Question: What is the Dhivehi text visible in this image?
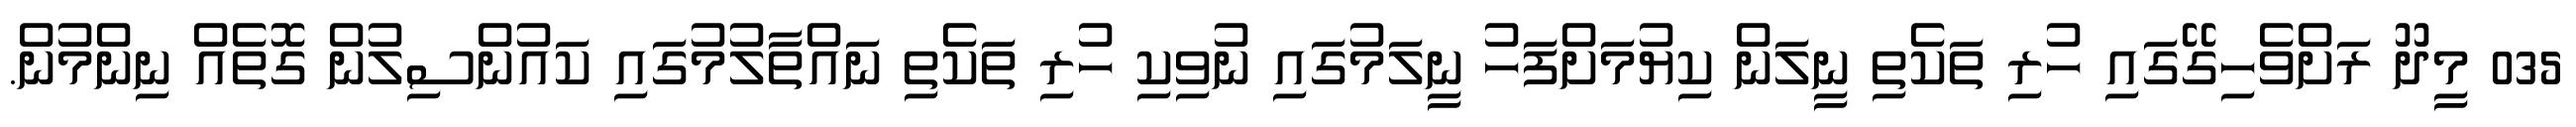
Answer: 035 މީދޫ ރަށްވެހިގޭގައި ހުރި ތަކެތި ނީލަން ކިޔުމަށްފަހު ނީލަމުގައި ނުވިކި ހުރި ތަކެތި ނައްތާލުމުގައި ކައުންސިލުން ގޮތެއް ނިންމުން.